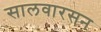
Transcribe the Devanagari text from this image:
सालवारसन